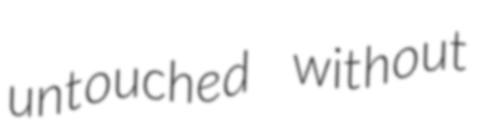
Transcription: untouched without